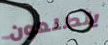
يتطلعون